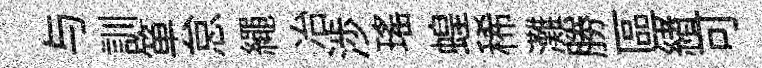
与訓箪怠繩冶渉瑶蝗稀灘勝區緖可